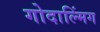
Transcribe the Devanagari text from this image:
गोदाल्मिंग